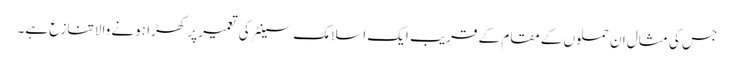
جس کی مثال ان حملوں کے مقام کے قریب ایک اسلامک سینٹر کی تعمیر پر کھڑا ہونے والا تنازع ہے۔